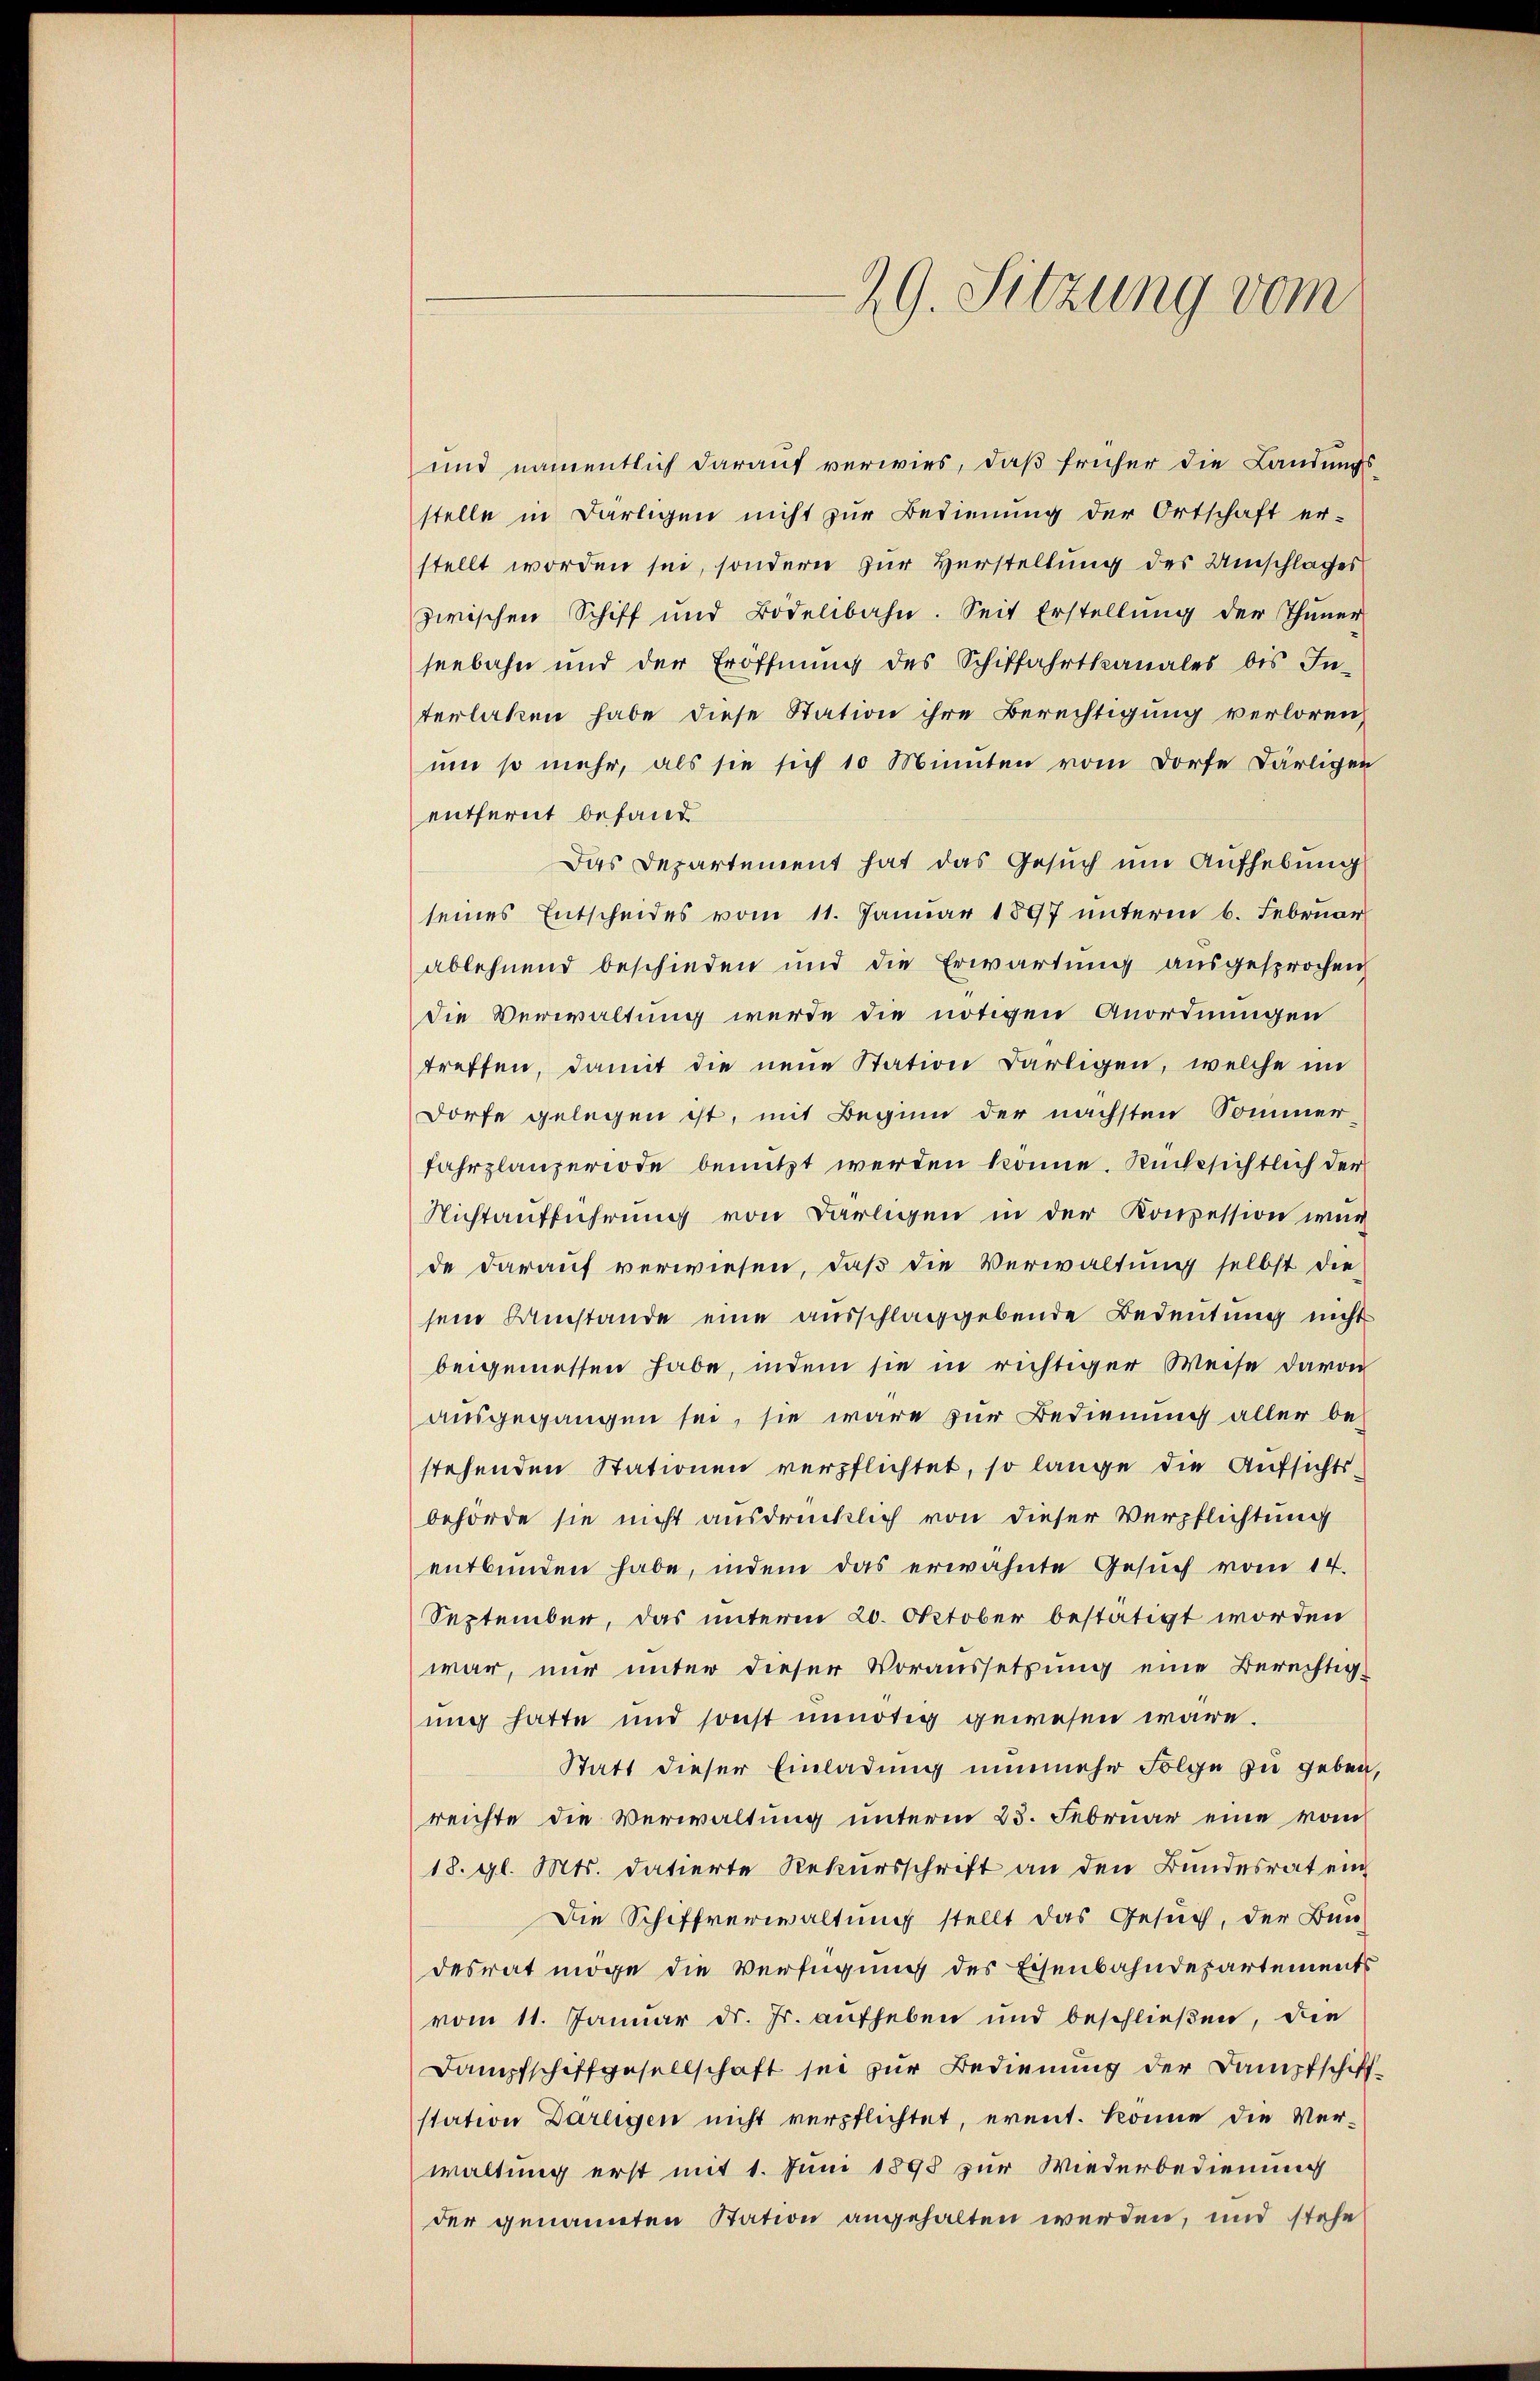
29. Sitzung vom

und namentlich darauf verwies, daß früher die Landungsstelle in Darlegen nicht zur Bedienung der Ortschaft er-
stellt worden sei, sondern zur Verstellung des Umschlages
zwischen Schiff und Bodelibahn. Seit Erstellŭng der Thuner
seebahn und der Eröffnung des Schiffahrtkanales bis In-
terlaken habe diese Station ihre Berechtigung verloren,
um so mehr, als sie sich 10 Minuten vom Dorfe Därligen
entfernt befand
Das Departement hat das Gesuch um Aufhebung
seines Entscheides vom 11. Januar 1897 unterm 6. Februar
ablehnend beschieden und die Erwartung ausgesprochen
die Verwaltung werde die nötigen Anordnungen
treffen, damit die neue Station Bärligen, welche im
Dorfe gelegen ist, mit Beginn der nächsten Sommer
fahrplanzeriode benutzt werden könne. Rücksichtlich der
Nichtaufführung von Darligen in der Konzession war
de darauf verwiesen, daß die Verwaltung selbst die
sein Umstände eine ausschlaggebende Bedeutung nicht
beigemessen habe, indem sie in richtiger Weise davon
ausgegangen sei, sie wäre zur Bedienung aller be-
stehenden Stationen verpflichtet, so lange die Aufsichtsbehörde sie nicht ausdrücklich von dieser Verpflichtung
entbunden habe, indem das erwähnte Gesuch vom 14.
September, das unterm 20. Oktober bestätigt worden
war, nur unter dieser Voraussetzung eine Berechtig-
ung hatte und sonst unnötig gewesen wäre.
Statt dieser Einladung nunmehr Folge zu geben,
reichte die Verwaltung unterm 23. Februar eine vom
18. gl. Mts. datierte Rekursschrift an den Bundesrat ein
Die Schiffverwaltung stellt das Gesuch, der Bun-
desrat möge die Verfügung des Eisenbahndepartements
vom 11. Januar d. Js. aufheben und beschließen, die
Dampfschiffgesellschaft sei zur Bedienung der Dampfschiffstation Darlegen nicht verpflichtet, event. könne die Ver-
waltung erst mit 1. Juni 1893 zur Wiederbedienung
der genannten Station angehalten werden, und stehe